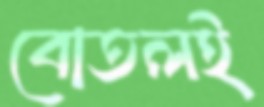
বোতলই